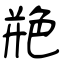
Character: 艵